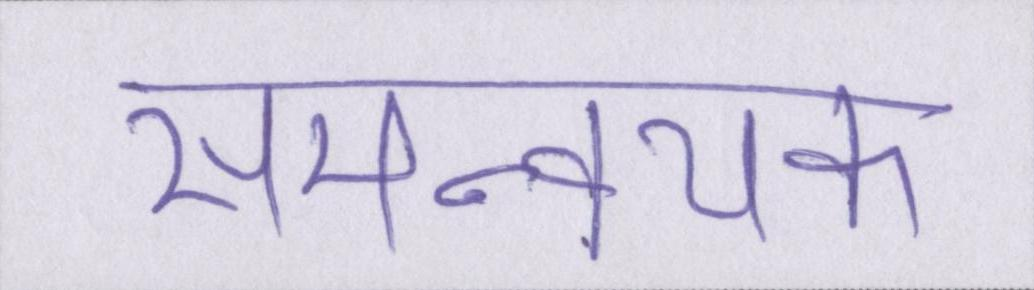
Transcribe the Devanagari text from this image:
समन्वयक